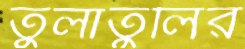
তুলাতুলির